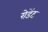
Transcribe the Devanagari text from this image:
रोडेंट